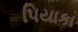
પિયાકા